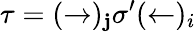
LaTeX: \tau=(\rightarrow)_{\mathbf{j}}\sigma^{\prime}(\leftarrow)_{i}